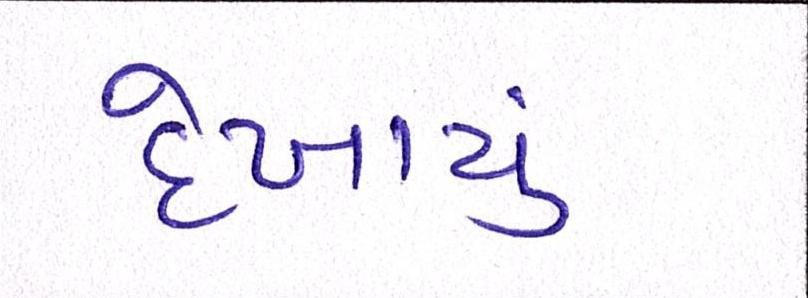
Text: દેખાયું